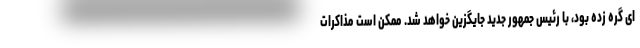
ای گره زده بود، با رئیس جمهور جدید جایگزین خواهد شد. ممکن است مذاکرات